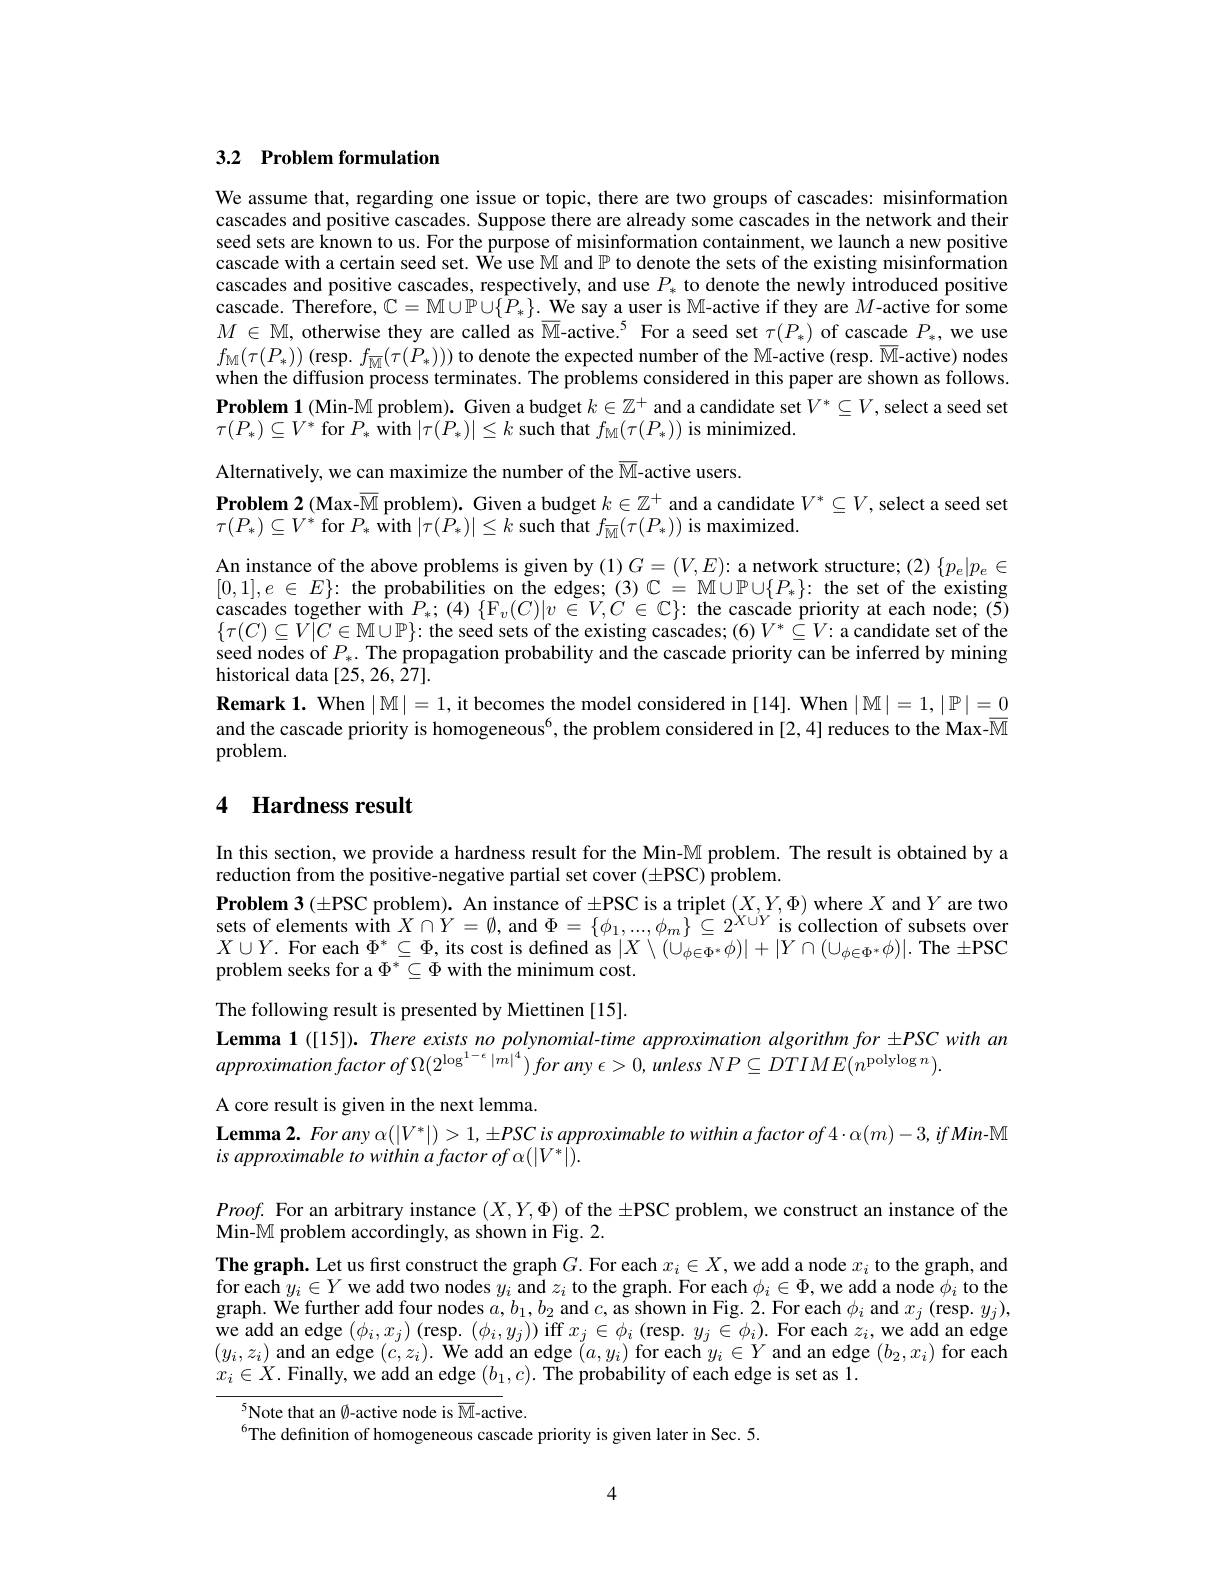
## 3.2 Problem formulation

We assume that, regarding one issue or topic, there are two groups of cascades: misinformation cascades and positive cascades. Suppose there are already some cascades in the network and their seed sets are known to us. For the purpose of misinformation containment, we launch a new positive cascade with a certain seed set. We use M and $\mathbb{P}$ to denote the sets of the existing misinformation cascades and positive cascades, respectively, and use $P_*$ to denote the newly introduced positive cascade. Therefore, $\mathbb{C}=\mathbb{M}\cup\mathbb{P}\cup\{\hat{P}_*\}.$ We say a user is M-active if they are $M$-active for some $M\in\mathbb{M}$, otherwise they are called as $\overline{\mathbb{M}}$-active.$^{5}$ For a seed set $\tau(P_*)$ of cascade $P_*$, we use $f_{\mathrm{M}}(\tau(P_{*}))\left(\mathrm{resp.~}f_{\overline{\mathrm{M}}}(\tau(P_{*}))\right)$to denote the expected number of the $\mathbb{M}$-active (resp. $\overline{\mathrm{M}}$-active) nodes when the diffusion process terminates. The problems considered in this paper are shown as follows. Problem 1 (Min-$\mathbb{M}$ problem). Given a budget $k\in\mathbb{Z}^+$ and a candidate set $V^*\subseteq V$, select a seed set $\tau(P_{*})\subseteq V^{*}$ for $P_{*}$ with $|\tau(P_{*})|\leq k$ such that $f_{\mathrm{M}}(\tau(P_{*}))$ is minimized.

Alternatively, we can maximize the number of the $\overline{\mathbb{M}}$-active users.
Problem 2 (Max-$\overline{\mathbb{M}}$ problem). Given a budget $k\in\mathbb{Z}^+$ and a candidate $V^*\subseteq V$, select a seed set
$\tau(P_{*})\subseteq V^{*}$ for $P_{*}$ with $|\tau(\acute{P}_{*})|\leq k$ such that $f_{\overline{M}}(\tau(P_{*}))$ is maximized.
An instance of the above problems is given by $(1)G=(V,E):$ a network structure; (2) $\{p_e|p_e\in$ $\text{cascades together w\^ {i}th}P_{* };$ ( 4) $\{ F_{v}$( C) | v$\in$V, $\dot{C} \in \mathbb{C} \}$: the cascade priority at each node; ( 5) $\text{(G)\subset V|G\subset\mathcal{M}\cup\mathcal{H})}$ $\{\tau(C)\subseteq V\tilde{|}C\in\mathbb{M}\cup\mathbb{P}\}:$ the seed sets of the existing cascades; (6)$V^*\subseteq V:$ a candidate set of the seed nodes of $P_*.$ The propagation probability and the cascade priority can be inferred by mining historical data [25,26,27].
$\textbf{Remark 1. When }| \mathbb{M} | = 1$,it becomes the model considered in [14]. When $|\mathbb{M}|=1,|\mathbb{P}|=0$ and the cascade priority is homogeneous$^{6}$,the problem considered in [2,4] reduces to the Max-$\overline{\mathbb{M}}$ problem.

## 4 Hardness result

In this section, we provide a hardness result for the Min-$\mathbb{M}$ problem. The result is obtained by a
reduction from the positive-negative partial set cover (±PSC) problem.
Problem 3 (±PSC problem). An instance of ±PSC is a triplet $(X,Y,\Phi)$ where $X$ and $Y$ are two sets of elements with $X\cap Y=\emptyset$, and $\Phi=\{\phi_1,...,\phi_m\}\subseteq2^{X\cup Y}$ is collection of subsets over $X\cup Y.$ For each $\Phi^*\subseteq\Phi$, its cost is defined as $|X\setminus(\cup_{\phi\in\Phi^*}\phi)|+|Y\cap(\cup_{\phi\in\Phi^*}\phi)|.$ The $\pm$PSC problem seeks for a $\Phi^*\subseteq\Phi$ with the minimum cost. The following result is presented by Miettinen [15]. Lemma 1 ([15]). There exists no polynomial-time approximation algorithm for ±PSC with an
approximationfactor $of\Omega ( 2^{\log ^{1- \epsilon }| m| ^4}) for$ any $\epsilon > 0$, unless $NP\subseteq DTIME( n^{\mathrm{polylog}n}) .$
A core result is given in the next lemma.
$\textbf{Lemma2. For any }\alpha ( | V^{* }| ) > 1, \pm PSCis approximable to within a factor of 4\cdot \alpha ( m) - 3, if Min \mathbb{M}$
is approximable to within a factor of $\alpha(|V^{*}|).$
$Proof.$ For an arbitrary instance $(X,Y,\Phi)$ of the $\pm$PSC problem, we construct an instance of the
Min-$\mathbb{M}$ problem accordingly, as shown in Fig. 2
The graph. Let us first construct the graph $G.$ For each $x_i\in X$, we add a node $x_i$ to the graph, and for each $y_i\in Y$ we add two nodes $y_i$ and $z_i$ to the graph. For each $\phi_i\in\Phi$, we add a node $\phi_i$ to the graph. We further add four nodes $a,b_1,b_2$ and $c$, as shown in Fig. 2. For each $\phi_i$ and $x_j($resp. $y_j)$, we add an edge $(\phi_i,x_j)$ (resp. $(\phi_i,y_j))$ iff $x_j\in\phi_i$ (resp. $y_j\in\phi_i).$ For each $z_i$, we add an edge $(y_i,z_i)$ and an edge $(c,z_i).$ We add an edge $(a,y_i)$ for each $y_i\in Y$ and an edge $(b_2,x_i)$ for each $x_i\in X.$ Finally, we add an edge $(b_1,c).$ The probability of each edge is set as l.
$^{5}$Note that an Ø-active node is $\overline{\mathrm{M}}$-active.
$^{6}$The definition of homogeneous cascade priority is given later in Sec. 5.

4